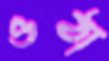
ওঠা